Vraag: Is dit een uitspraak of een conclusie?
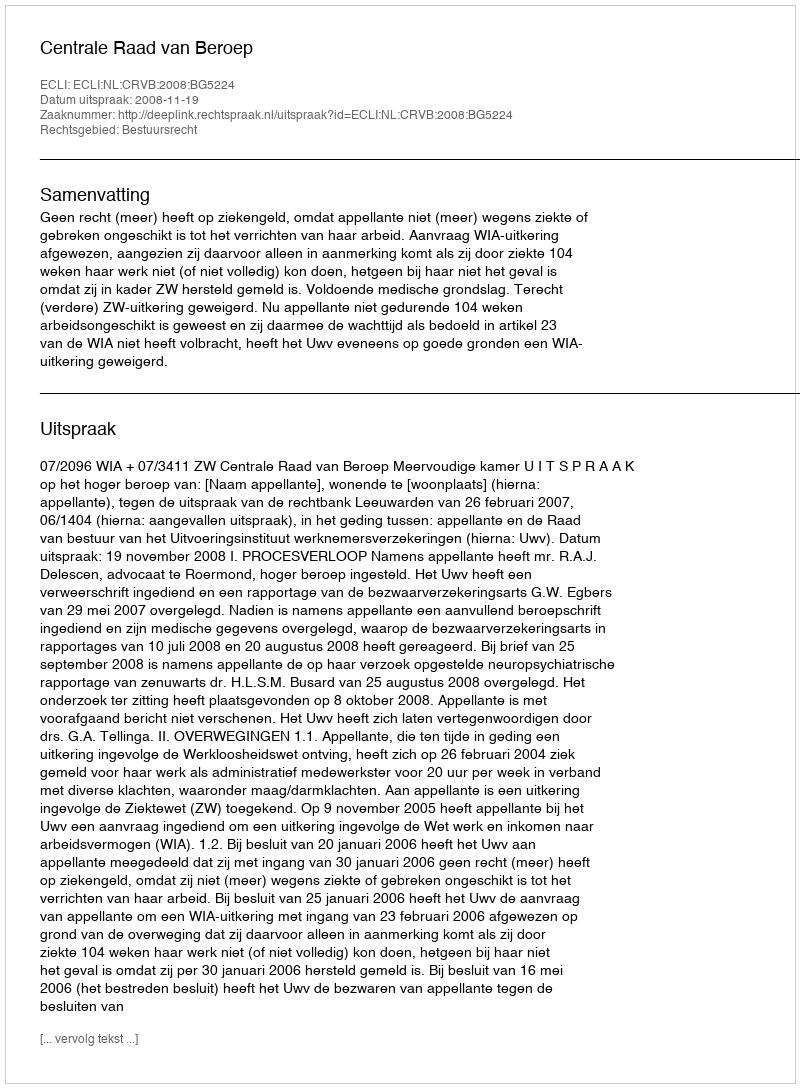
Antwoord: Uitspraak